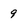
Character: 9